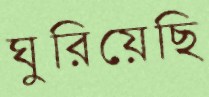
ঘুরিয়েছি